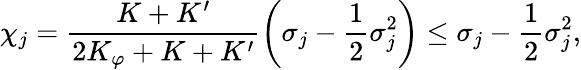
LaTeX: \chi_{j}=\frac{K+K^{\prime}}{2K_{\varphi}+K+K^{\prime}}\left(\sigma_{j}-\frac{1}{2}\sigma_{j}^{2}\right)\le\sigma_{j}-\frac{1}{2}\sigma_{j}^{2},